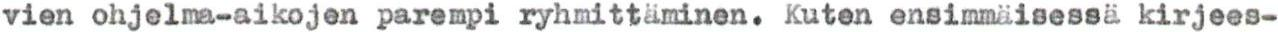
vien ohjelma-aikojen parempi ryhmittäminen. Kuten ensimmäisessä kirjees-